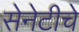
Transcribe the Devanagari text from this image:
सेनेटीचे